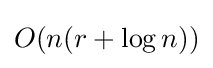
O(n(r+\log {n}))